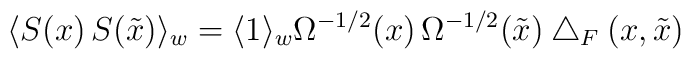
\langle S(x)\,S(\tilde{x})\rangle_w=\langle1\rangle_w\Omega^{-1/2}(x)\,\Omega^{-1/2}(\tilde{x})\bigtriangleup_F(x,\tilde{x})